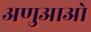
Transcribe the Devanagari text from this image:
अणुआओ